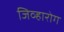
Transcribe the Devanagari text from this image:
जिव्हारोग